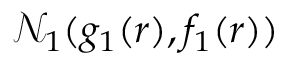
\mathcal { N } _ { 1 } ( g _ { 1 } ( r ) , f _ { 1 } ( r ) )